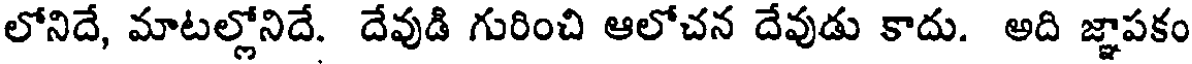
లోనిదే, మాటల్లోనిదే. దేవుడి గురించి ఆలోచన దేవుడు కాదు. అది జ్ఞాపకం